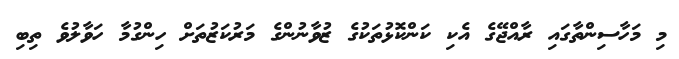
މި މަހާސިންތާގައި ރާއްޖޭގެ އެކި ކަންކޮޅުތަކުގެ ޒުވާނުންގެ މަރުކަޒުތަށް ހިންގުމާ ހަވާލުވެ ތިބި